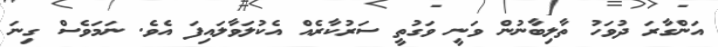
އަންގާރަ ދުވަހު ތާލިބާނުން ވަނީ ވަގުތީ ސަރުކާރެއް އެކުލަވާލައިފަ އެވެ. ނަމަވެސް ގިނަ